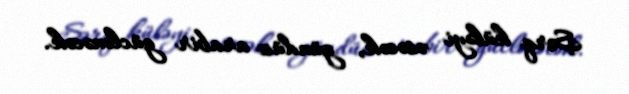
Şərq küləyi əsəcək, gündüz arabir güclənəcək.